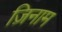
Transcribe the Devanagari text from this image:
ज़िनाम